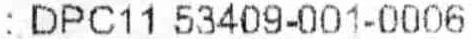
: DPC11 53409-001-0006